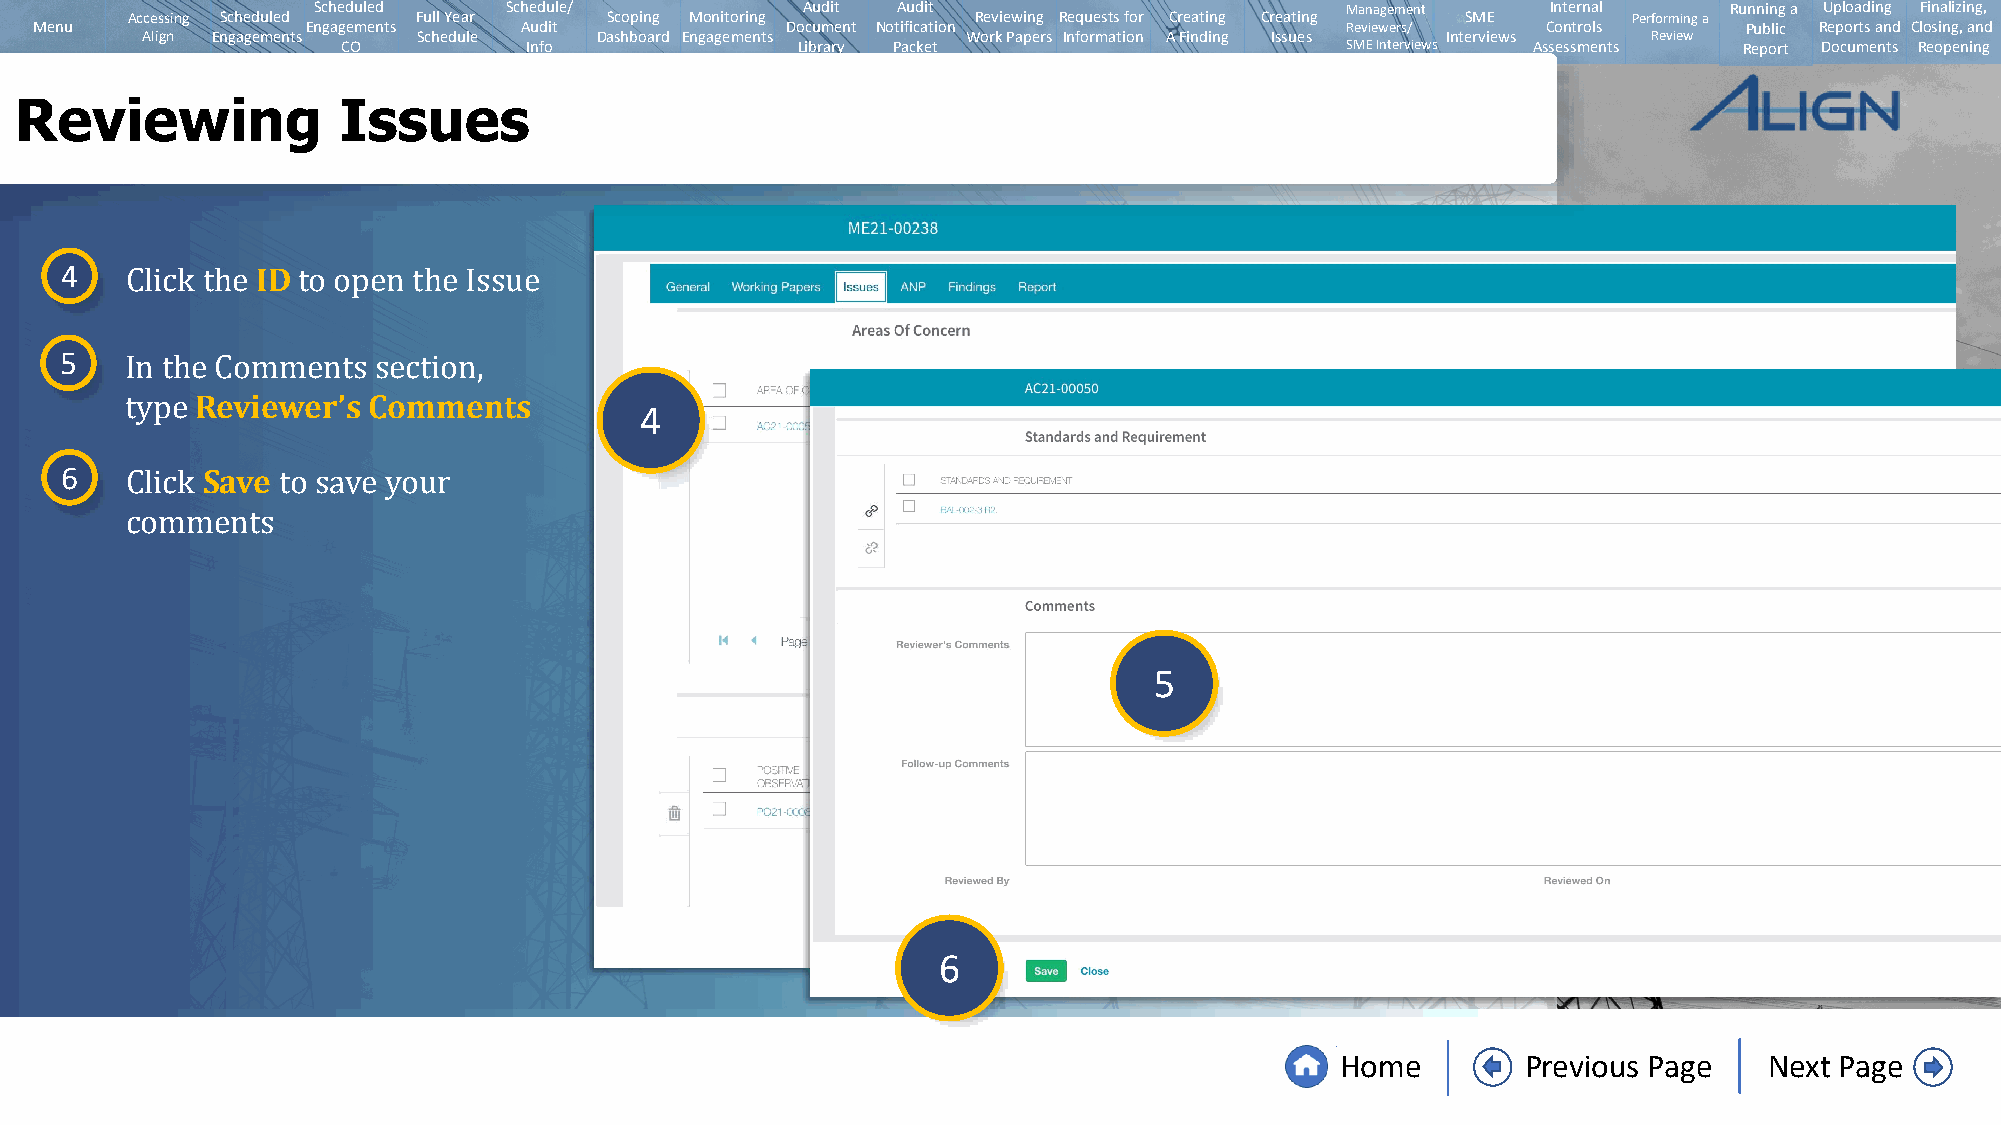
Scheduled   Schedule/           Audit Audit                         Management    Internal   Running a Uploading Finalizing,
 Accessing Scheduled Full Year   Scoping Monitoring       Reviewing Requests for Creating Creating SME Performing a
 Menu              Engagements   Audit             Document Notification                Reviewers/   Controls      Public Reports and Closing, and
 Align Engagements  Schedule   Dashboard Engagements    Work Papers Information A Finding Issues Interviews Review
 CO          Info              Library Packet                      SMEInterviews Assessments Report Documents Reopening
 Reviewing            Issues
 4            ID
 Click the   to open the Issue
 5
 Reviewer’s Comments
 4
 In the Comments  section,
 6   type Save
 Click     to save your
 comments
 5
 6
 Home        Previous Page   Next Page